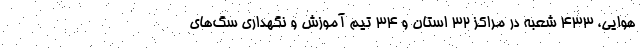
هوایی، ۴۳۳ شعبه در مراکز ۳۲ استان و ۳۴ تیم آموزش و نگهداری سگ‌های